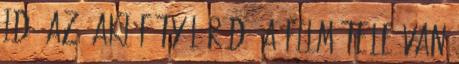
idő az, aki fütyül rád. A film tele van